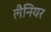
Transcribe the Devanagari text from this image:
लैनियर